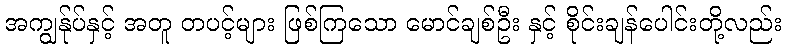
အကျွန်ုပ်နှင့် အတူ တပင့်များ ဖြစ်ကြသော မောင်ချစ်ဦး နှင့် စိုင်းချန်ပေါင်းတို့လည်း